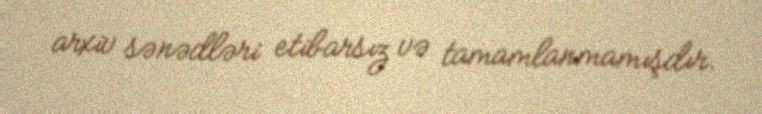
arxiv sənədləri etibarsız və tamamlanmamışdır.